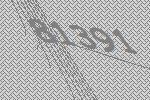
81391